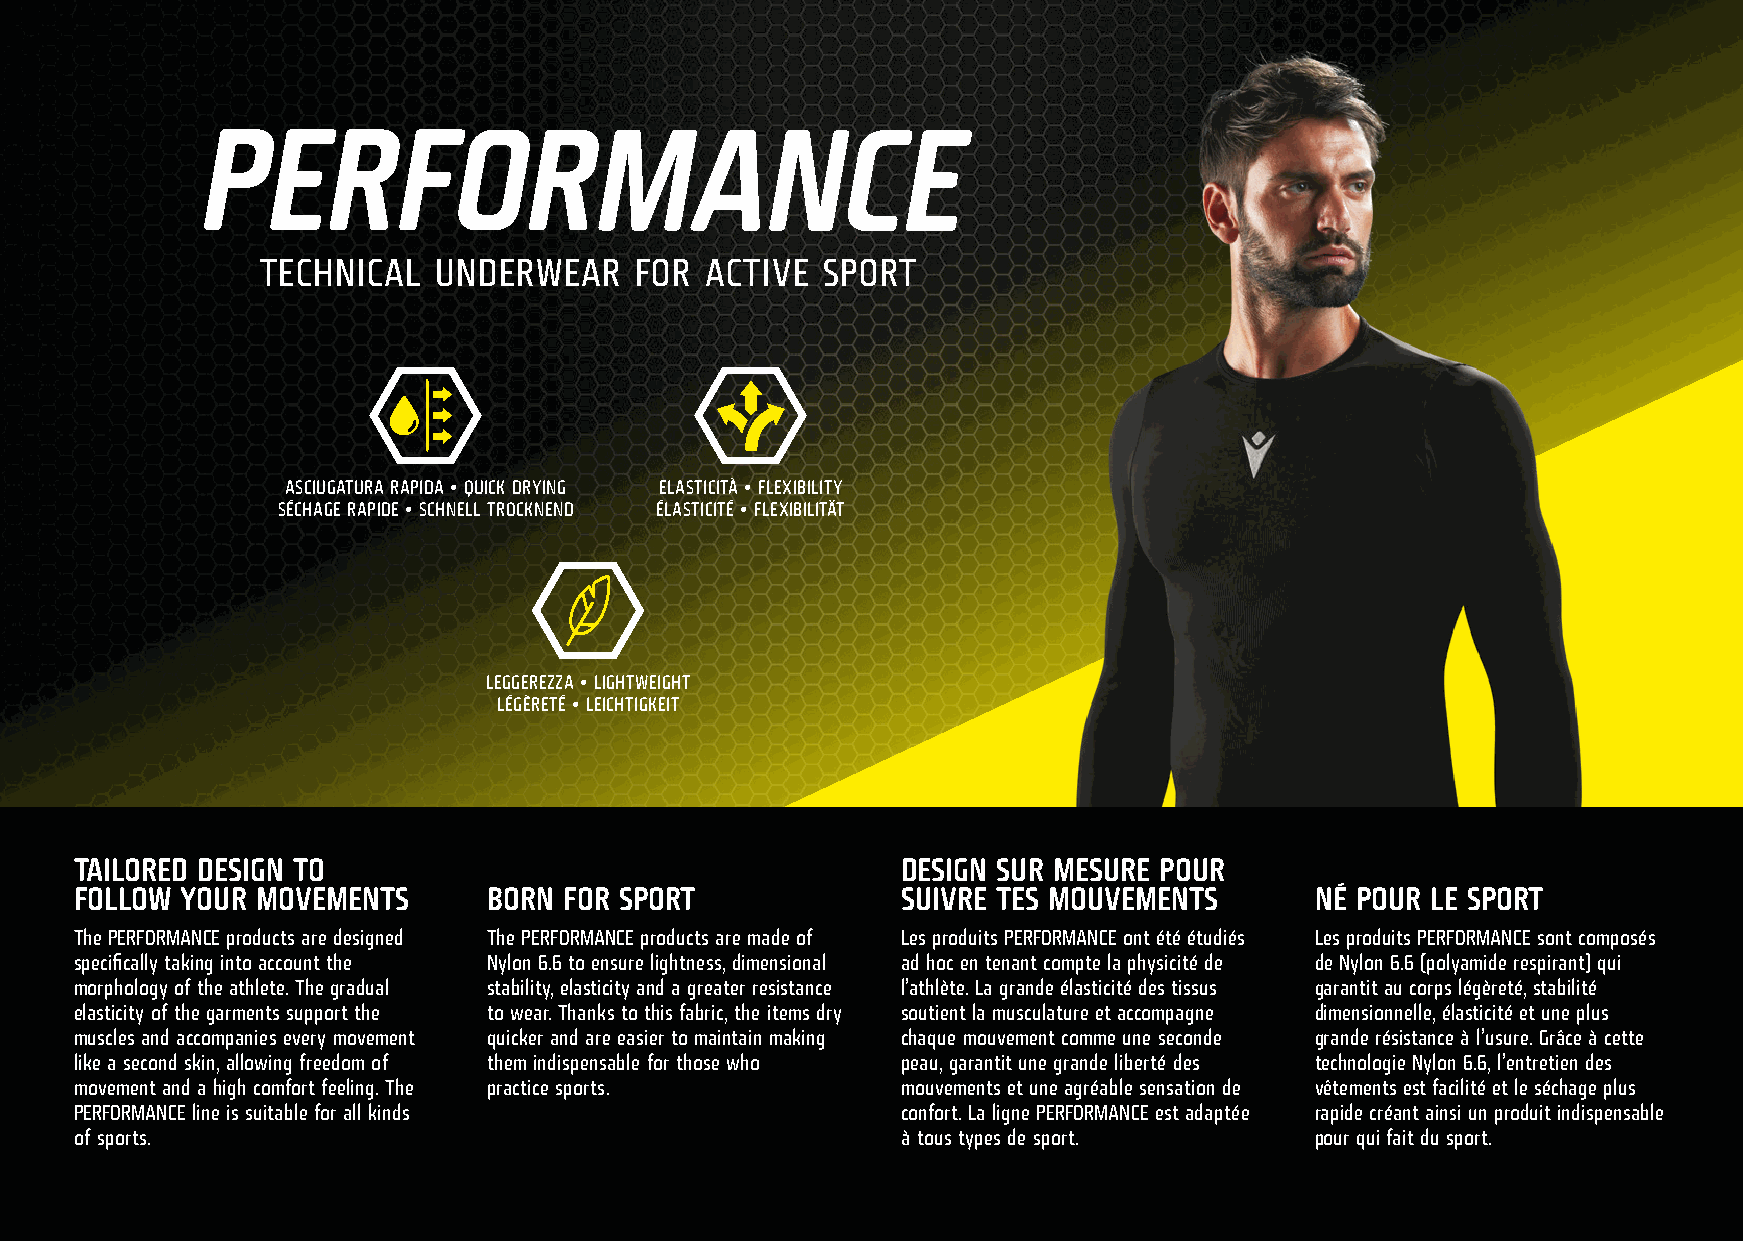
TECHNICAL   UNDERWEAR    FOR  ACTIVE SPORT
 ASCIUGATURA RAPIDA • QUICK DRYING ELASTICITÀ • FLEXIBILITY
 SÉCHAGE RAPIDE • SCHNELL TROCKNEND ÉLASTICITÉ • FLEXIBILITÄT
 LEGGEREZZA • LIGHTWEIGHT
 LÉGÈRETÉ • LEICHTIGKEIT
 TAILORED DESIGN TO                                     DESIGN SUR MESURE POUR
 FOLLOW YOUR MOVEMENTS      BORN FOR SPORT              SUIVRE TES MOUVEMENTS      NÉ POUR LE SPORT
 The PERFORMANCE products are designed The PERFORMANCE products are made of Les produits PERFORMANCE ont été étudiés Les produits PERFORMANCE sont composés
 specifically taking into account the Nylon 6.6 to ensure lightness, dimensional ad hoc en tenant compte la physicité de de Nylon 6.6 (polyamide respirant) qui
 morphology of the athlete. The gradual stability, elasticity and a greater resistance l’athlète. La grande élasticité des tissus garantit au corps légèreté, stabilité
 elasticity of the garments support the to wear. Thanks to this fabric, the items dry soutient la musculature et accompagne dimensionnelle, élasticité et une plus
 muscles and accompanies every movement quicker and are easier to maintain making chaque mouvement comme une seconde grande résistance à l’usure. Grâce à cette
 like a second skin, allowing freedom of them indispensable for those who peau, garantit une grande liberté des technologie Nylon 6.6, l’entretien des
 movement and a high comfort feeling. The practice sports. mouvements et une agréable sensation de vêtements est facilité et le séchage plus
 PERFORMANCE line is suitable for all kinds             confort. La ligne PERFORMANCE est adaptée rapide créant ainsi un produit indispensable
 of sports.                                             à tous types de sport.     pour qui fait du sport.